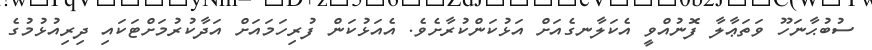
ސުބުޙާނަހޫ ވަތަޢާލާ ފޮނުއްވީ އެކަލާނގެއަށް އަޅުކަންކުރާށެވެ. އެއަޅުކަން ފުރިހަމައަށް އަދާކުރުމަށްޓަކައި ދިރިއުޅުމުގެ